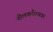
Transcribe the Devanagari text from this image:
नीलकंठेश्‍ववर